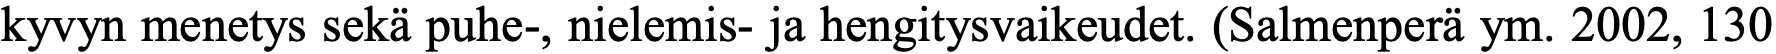
kyvyn menetys sekä puhe-, nielemis- ja hengitysvaikeudet. (Salmenperä ym. 2002, 130